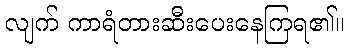
လျက် ကာရံတားဆီးပေးနေကြရ၏။